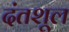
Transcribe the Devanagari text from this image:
दंतशूल